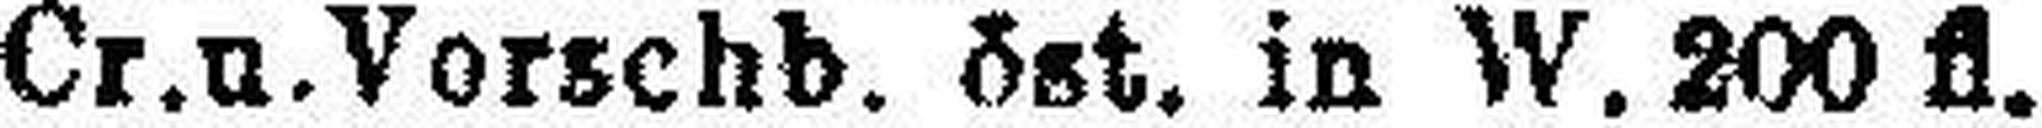
„ Cr. u. Vorschb. öst. in W. 200 fl.